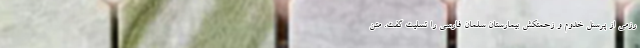
رزمی از پرسنل خدوم و زحمتکش بیمارستان سلمان فارسی را تسلیت گفت. متن